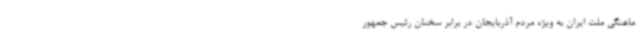
ماهنگی ملت ایران به ویژه مردم آذربایجان در برابر سخنان رئیس جمهور